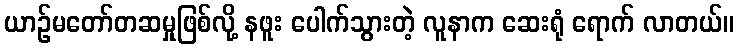
ယာဉ်မတော်တဆမှုဖြစ်လို့ နဖူး ပေါက်သွားတဲ့ လူနာက ဆေးရုံ ရောက် လာတယ်။